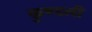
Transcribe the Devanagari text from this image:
कुण्डलीं